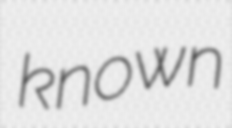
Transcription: known